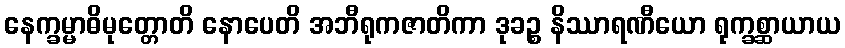
နေက္ခမ္မာဓိမုတ္တောတိ နောပေတိ အဘီရုကဇာတိကာ ဒုခဉ္စ နိဿာရဏီယော ရုက္ခစ္ဆာယာယ